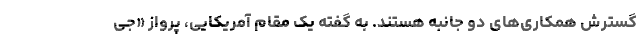
گسترش همکاری‌های دو جانبه هستند. به گفته یک مقام آمریکایی، پرواز «جی